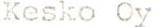
Kesko Oy